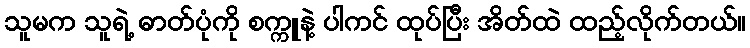
သူမက သူရဲ့ ဓာတ်ပုံကို စက္ကူနဲ့ ပါကင် ထုပ်ပြီး အိတ်ထဲ ထည့်လိုက်တယ်။